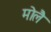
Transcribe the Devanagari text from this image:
मोलै